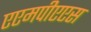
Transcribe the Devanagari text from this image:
एएमपीएएस